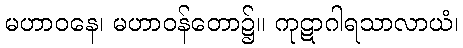
မဟာဝနေ၊ မဟာဝန်တော၌။ ကုဋာဂါရသာလာယံ၊